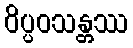
ဝိပ္ပဝသန္တဿ